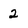
Character: 2